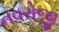
નવરોજી